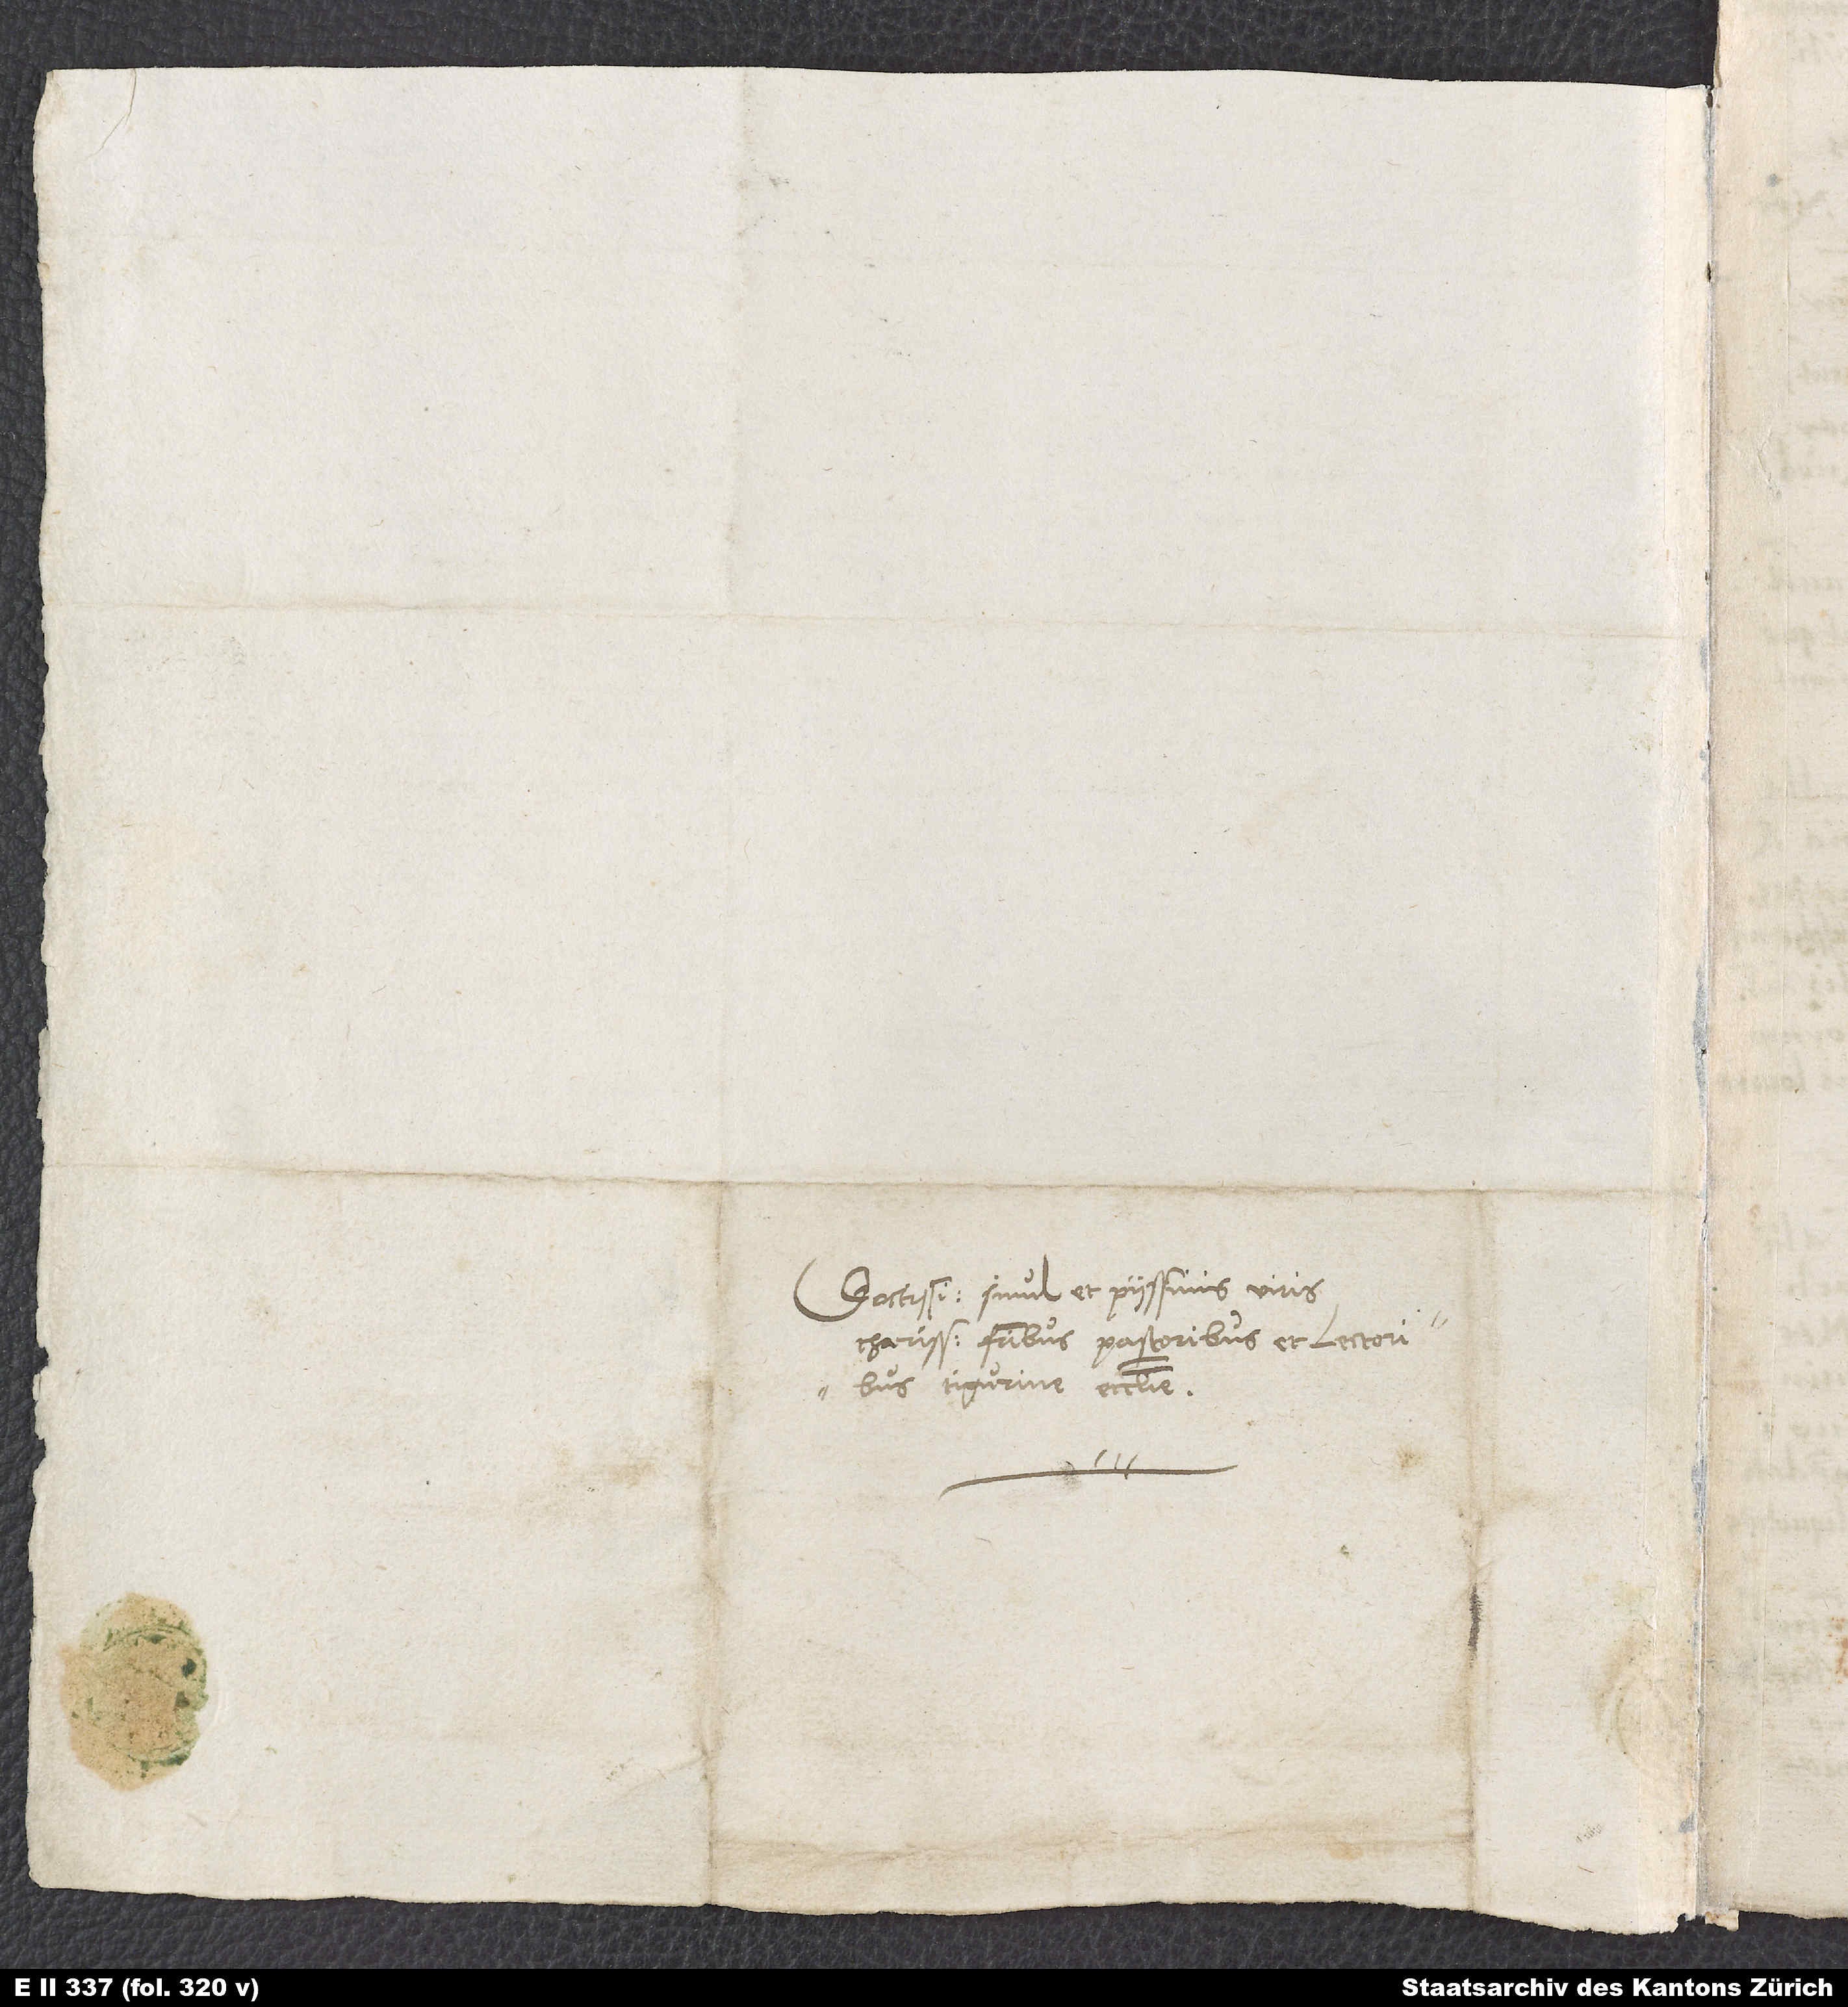
Doctissimis simul et piissimis viris,
charissimis fratribus pastoribus et lectoribus
Tigurine ecclesie.